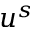
u ^ { s }